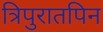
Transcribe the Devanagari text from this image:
त्रिपुरातपिन